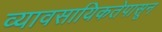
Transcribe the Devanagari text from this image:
व्यावसायिकतेपासून